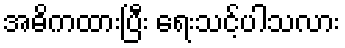
အဓိကထားပြီး ရေးသင့်ပါသလား